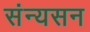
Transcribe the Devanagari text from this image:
संन्यसन